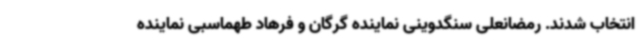
انتخاب شدند. رمضانعلی سنگدوینی نماینده گرگان و فرهاد طهماسبی نماینده